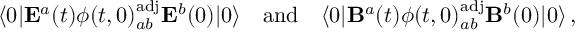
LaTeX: \langle 0 | { \bf E } ^ { a } ( t ) \phi ( t , 0 ) _ { a b } ^ { \mathrm { a d j } } { \bf E } ^ { b } ( 0 ) | 0 \rangle \quad \mathrm { a n d } \quad \langle 0 | { \bf B } ^ { a } ( t ) \phi ( t , 0 ) _ { a b } ^ { \mathrm { a d j } } { \bf B } ^ { b } ( 0 ) | 0 \rangle \, ,